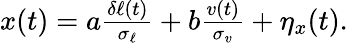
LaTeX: \begin{array}{r}{x(t)=a\frac{\delta\ell(t)}{\sigma_{\ell}}+b\frac{v(t)}{\sigma_{v}}+\eta_{x}(t).}\end{array}